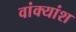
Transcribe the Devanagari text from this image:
वांक्यांश